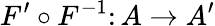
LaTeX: F^{\prime}\circ F^{-1}\colon A\to A^{\prime}